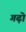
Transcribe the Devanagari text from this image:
गढ़ो